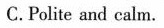
C.Polite and calm.